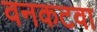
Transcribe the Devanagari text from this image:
वनकटवा